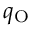
q _ { \mathrm { O } }